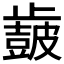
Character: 𣦩